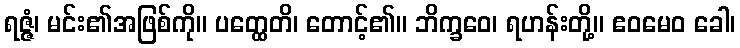
ရဇ္ဇံ၊ မင်း၏အဖြစ်ကို။ ပတ္ထေတိ၊ တောင့်၏။ ဘိက္ခဝေ၊ ရဟန်းတို့။ ဧဝမေဝ ခေါ၊